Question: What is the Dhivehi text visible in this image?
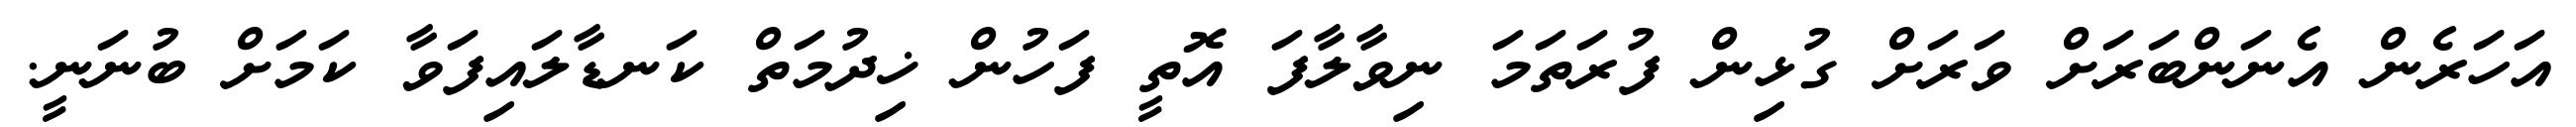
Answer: އަހަރެން އެނަންބަރަށް ވަރަށް ގުޅިން ފުރަތަމަ ނިވާލާފަ އޮތީ ފަހުން ޚިދުމަތް ކަނޑާލައިފަވާ ކަމަށް ބުނަނީ.